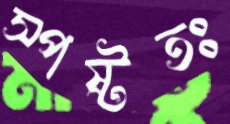
স্পষ্টতঃ